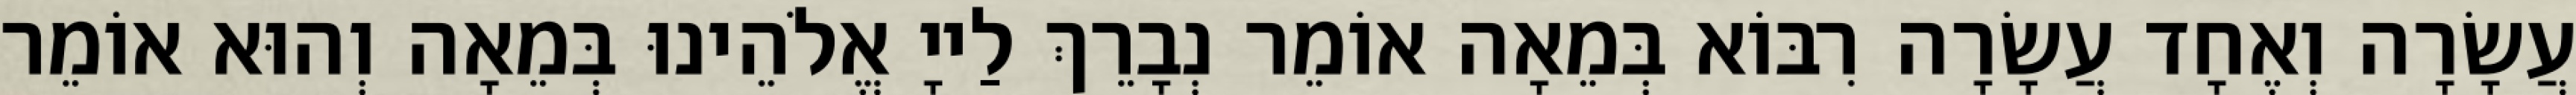
עֲשָׂרָה וְאֶחָד עֲשָׂרָה רִבּוֹא בְּמֵאָה אוֹמֵר נְבָרֵךְ לַייָ אֱלֹהֵינוּ בְּמֵאָה וְהוּא אוֹמֵר